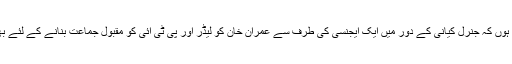
میں نے اس وقت بھی ان سے شکایت کی تھی اور آج بھی شواہد اور دلائل اپنے پاس رکھتا ہوں کہ جنرل کیانی کے دور میں ایک ایجنسی کی طرف سے عمران خان کو لیڈر اور پی ٹی آئی کو مقبول جماعت بنانے کے لئے بھرپور کوششیںہوئیں لیکن اس معاملے میں میرا اگر کوئی شک تھا بھی تو وہ اب دور ہوگیا۔